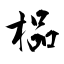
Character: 榀